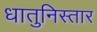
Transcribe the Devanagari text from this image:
धातुनिस्तार